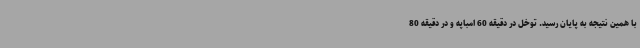
با همین نتیجه به پایان رسید. توخل در دقیقه 60 امباپه و در دقیقه 80